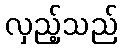
လှည့်သည်